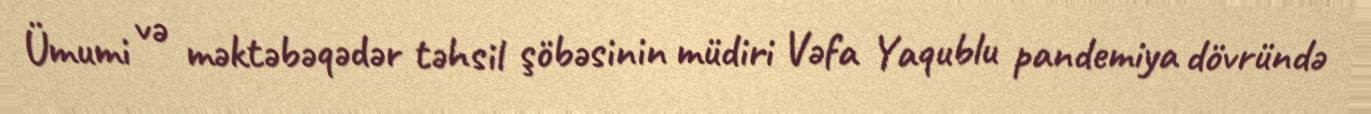
Ümumi və məktəbəqədər təhsil şöbəsinin müdiri Vəfa Yaqublu pandemiya dövründə